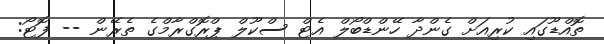
ތޮއްޑޫގައި ކުރިއަށް ގެންދާ ހޭންޑްބޯލް އެޓް ސްކޫލް ޕްރޮގްރާމްގެ ތެރޭން -- ފޮޓޯ: